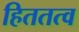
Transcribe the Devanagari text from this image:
हिततत्व